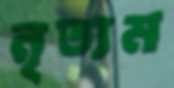
নৃত্যম